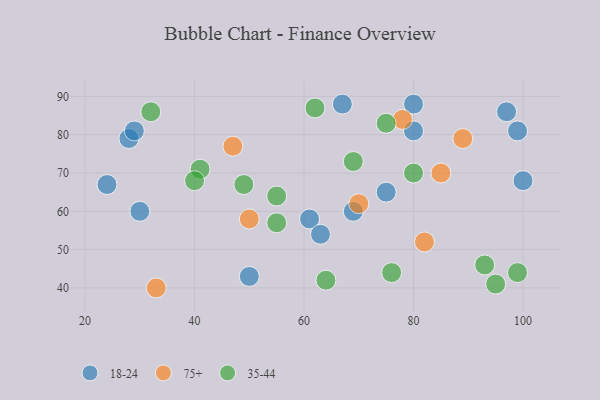
{"axis": {"x": "GDP", "y": "Life Expectancy"}, "legend": ["18-24", "35-44", "75+"], "data": [{"x": "97", "y": 86, "type": "18-24"}, {"x": "28", "y": 79, "type": "18-24"}, {"x": "24", "y": 67, "type": "18-24"}, {"x": "67", "y": 88, "type": "18-24"}, {"x": "30", "y": 60, "type": "18-24"}, {"x": "29", "y": 81, "type": "18-24"}, {"x": "75", "y": 65, "type": "18-24"}, {"x": "99", "y": 81, "type": "18-24"}, {"x": "80", "y": 81, "type": "18-24"}, {"x": "100", "y": 68, "type": "18-24"}, {"x": "50", "y": 43, "type": "18-24"}, {"x": "80", "y": 88, "type": "18-24"}, {"x": "61", "y": 58, "type": "18-24"}, {"x": "63", "y": 54, "type": "18-24"}, {"x": "69", "y": 60, "type": "18-24"}, {"x": "50", "y": 58, "type": "75+"}, {"x": "70", "y": 62, "type": "75+"}, {"x": "47", "y": 77, "type": "75+"}, {"x": "78", "y": 84, "type": "75+"}, {"x": "85", "y": 70, "type": "75+"}, {"x": "33", "y": 40, "type": "75+"}, {"x": "89", "y": 79, "type": "75+"}, {"x": "82", "y": 52, "type": "75+"}, {"x": "49", "y": 67, "type": "35-44"}, {"x": "62", "y": 87, "type": "35-44"}, {"x": "41", "y": 71, "type": "35-44"}, {"x": "64", "y": 42, "type": "35-44"}, {"x": "80", "y": 70, "type": "35-44"}, {"x": "99", "y": 44, "type": "35-44"}, {"x": "95", "y": 41, "type": "35-44"}, {"x": "40", "y": 68, "type": "35-44"}, {"x": "32", "y": 86, "type": "35-44"}, {"x": "75", "y": 83, "type": "35-44"}, {"x": "55", "y": 64, "type": "35-44"}, {"x": "69", "y": 73, "type": "35-44"}, {"x": "93", "y": 46, "type": "35-44"}, {"x": "55", "y": 57, "type": "35-44"}, {"x": "76", "y": 44, "type": "35-44"}]}